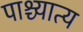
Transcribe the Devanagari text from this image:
पाश्च्यात्य